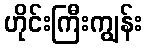
ဟိုင်းကြီးကျွန်း